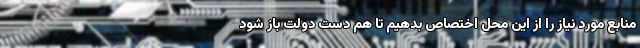
منابع مورد نیاز را از این محل اختصاص بدهیم تا هم دست دولت باز شود